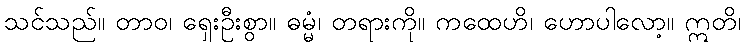
သင်သည်။ တာဝ၊ ရှေးဦးစွာ။ ဓမ္မံ၊ တရားကို။ ကထေဟိ၊ ဟောပါလော့။ ဣတိ၊